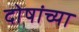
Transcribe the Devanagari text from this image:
दोषांच्या